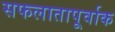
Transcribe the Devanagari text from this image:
सफलातापूर्वाक